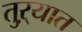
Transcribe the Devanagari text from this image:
तुऱ्यात